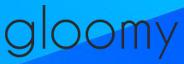
gloomy